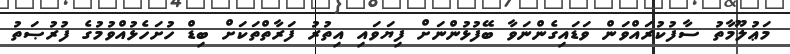
މަޢުލޫމާތު ސާފުކުރައްވަން ވަޑައިގެންނަވާ ބޭފުޅުންނަށް ފިޔަވައި އިތުރު ފަރާތްތަކަށް ބިޑް ހުށަހެޅުއްވުމުގެ ފުރުޞަތު